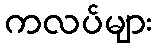
ကလပ်များ